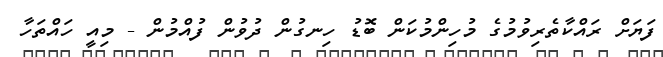
ފަޔަށް ރައްކާތެރިވުމުގެ މުހިންމުކަން ބޮޑު ހިނގުން ދުވުން ފުއްމުން - މިއީ ހައްތަހާ